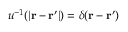
u ^ { - 1 } ( \vert \mathbf { r } - \mathbf { r } ^ { \prime } \vert ) = \delta ( \mathbf { r } - \mathbf { r } ^ { \prime } )